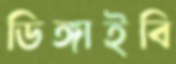
ডিঙ্গাইবি